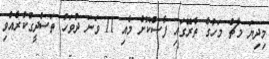
މިދިޔަ މާޗް މަހުގެ ތެރޭގައި ފާސްކޮށް މެއި 11 ވަނަ ދުވަހު ތަސްދީގުކުރެއްވި